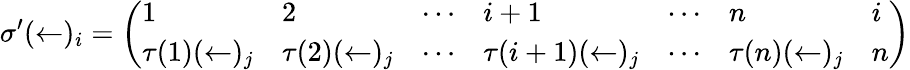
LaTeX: \sigma^{\prime}(\leftarrow)_{i}={\left(\begin{array}{lllllll}{1}&{2}&{\cdots}&{i+1}&{\cdots}&{n}&{i}\\ {\tau(1)(\leftarrow)_{j}}&{\tau(2)(\leftarrow)_{j}}&{\cdots}&{\tau(i+1)(\leftarrow)_{j}}&{\cdots}&{\tau(n)(\leftarrow)_{j}}&{n}\end{array}\right)}